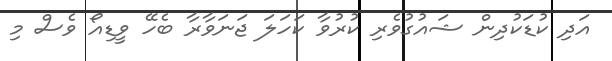
އަދި ކުޑަކުދިން ޝައުގުވެރި ކުރުވާ ކަހަލަ ޖަނަވާރާ ބެހޭ ވީޑިއޯ ވެސް މި